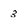
Character: 3